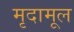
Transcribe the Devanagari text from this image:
मृदामूल